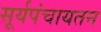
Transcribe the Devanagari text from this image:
सूर्यपंचायतन